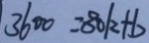
3 6 0 0 = 8 0 k + b